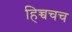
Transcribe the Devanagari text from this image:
हिच्चचच